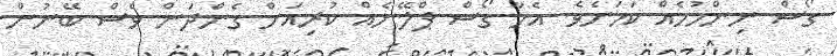
ގޯސް ނިންމުމެއް ކަމަށެވެ. އެހާ ގޯސް ޕްލޭނެއް ކުރިއަށް ގެންދަން ވެސް ބޭނުން